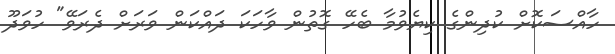
ހާއްސަކޮށް ކުދިންގެ ކިޔެވުމާ ބެހޭ ގޮތުން ވާހަކަ ދައްކަން ވަރަށް ދެރަވޭ" ހުވަދޫ